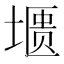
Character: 𰊛